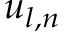
{ u } _ { l , n }